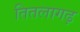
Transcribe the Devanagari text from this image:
तितलागढ़